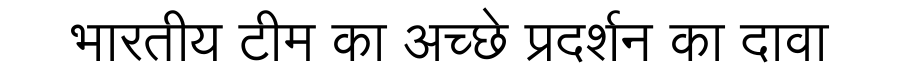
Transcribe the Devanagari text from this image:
भारतीय टीम का अच्छे प्रदर्शन का दावा